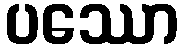
ပဿော